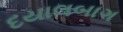
દયાલબાગ